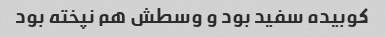
کوبیده سفید بود و وسطش هم نپخته بود